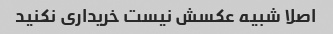
اصلا شبیه عکسش نیست خریداری نکنید